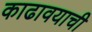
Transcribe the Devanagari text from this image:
काढावयाची